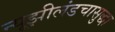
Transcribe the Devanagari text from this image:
न्यूझीलंडचासुद्धा